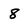
Character: 8